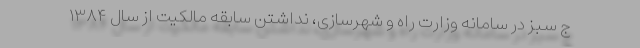
ج سبز در سامانه وزارت راه و شهرسازی، نداشتن سابقه مالکیت از سال ۱۳۸۴